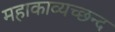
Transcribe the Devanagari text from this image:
महाकाव्यच्छन्द